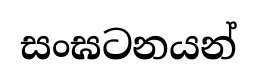
සංඝටනයන්